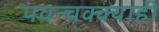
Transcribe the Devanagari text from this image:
पवन्चक्क्याही